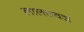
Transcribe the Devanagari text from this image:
लालचवश